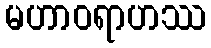
မဟာဝရာဟဿ